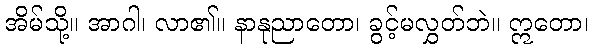
အိမ်သို့။ အာဂါ၊ လာ၏။ နာနုညာတော၊ ခွင့်မလွှတ်ဘဲ။ ဣတော၊